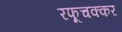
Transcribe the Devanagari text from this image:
रफूचक्कर